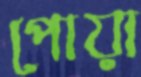
পোয়া